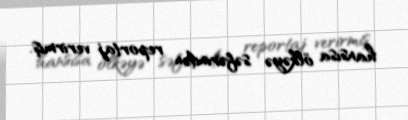
hansısa ölkəyə səfərindən reportaj verirmiş.